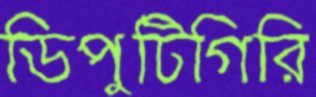
ডিপুটিগিরি